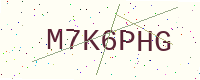
Text: M7K6PHG